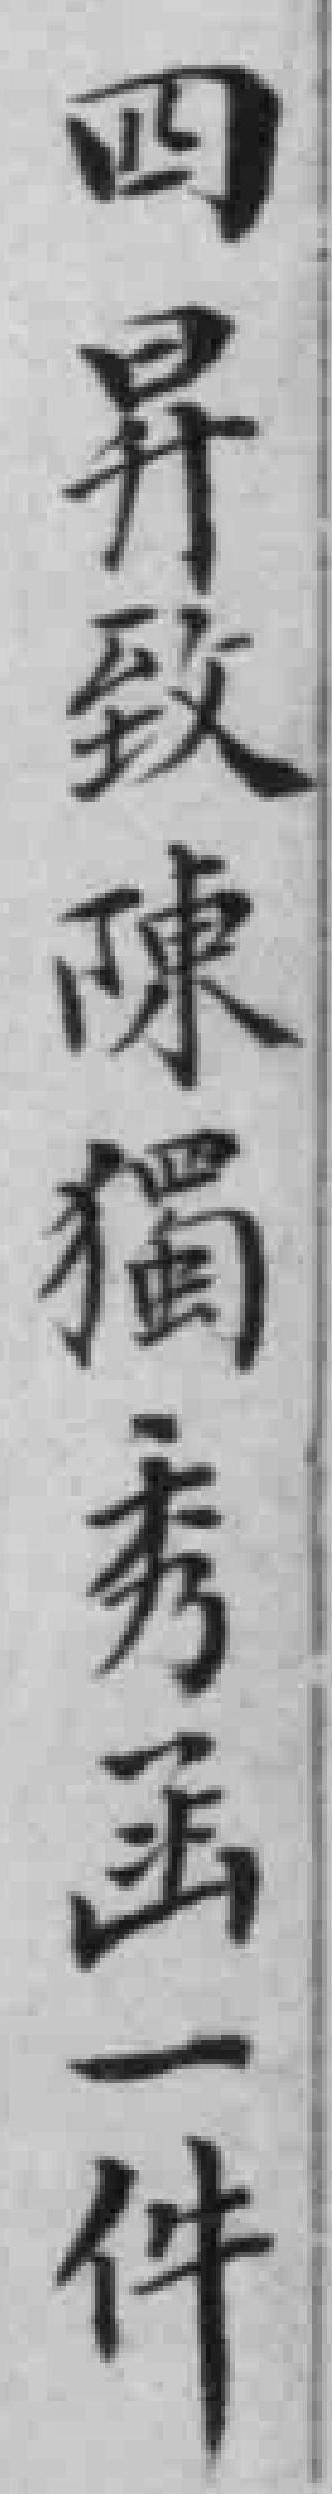
四昇致陳獨秀函一件